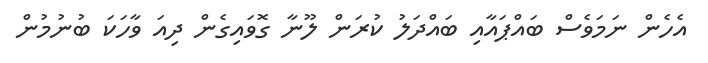
އެހެން ނަމަވެސް ބައްޕައާއި ބައްދަލު ކުރަން ލޫނާ ގޮވައިގެން ދިއަ ވާހަކަ ބުނުމުން